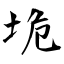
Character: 垝